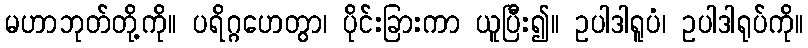
မဟာဘုတ်တို့ကို။ ပရိဂ္ဂဟေတွာ၊ ပိုင်းခြားကာ ယူပြီး၍။ ဥပါဒါရူပံ၊ ဥပါဒါရုပ်ကို။